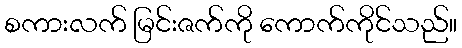
စကားလက် မြင်းဇက်ကို ကောက်ကိုင်သည်။